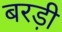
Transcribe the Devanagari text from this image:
बरड़ी